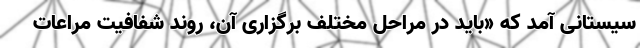
سیستانی آمد که «باید در مراحل مختلف برگزاری آن، روند شفافیت مراعات